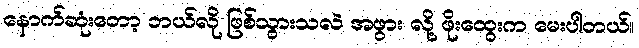
နောက်ဆုံးတော့ ဘယ်လို ဖြစ်သွားသလဲ အဖွား လို့ ဖိုးထွေးက မေးပါတယ်။